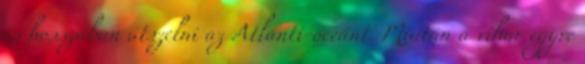
és hosszában átszelni az Atlanti-óceánt. Miután a vihar egyre